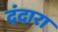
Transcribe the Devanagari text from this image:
दंदारा